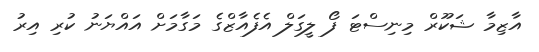
އާޒިމާ ޝަކޫރް މިނިސްޓަ ފޯ ލީގަލް އެފެއާޒްގެ މަގާމަށް އައްޔަނު ކުރި އިރު